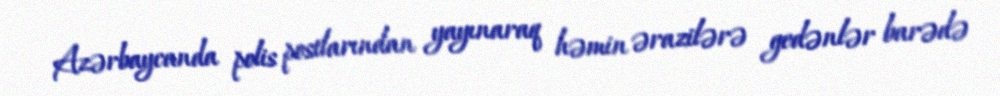
Azərbaycanda polis postlarından yayınaraq həmin ərazilərə gedənlər barədə